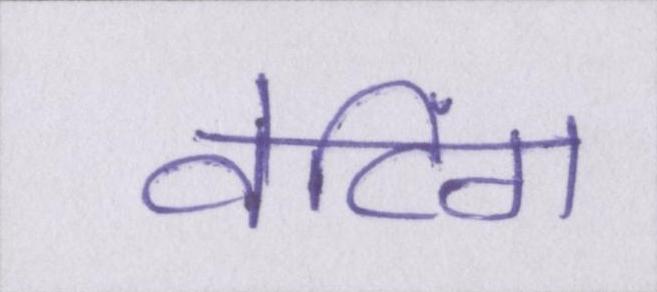
वेटिंग